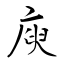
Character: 庾